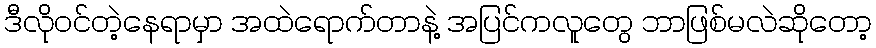
ဒီလိုဝင်တဲ့နေရာမှာ အထဲရောက်တာနဲ့ အပြင်ကလူတွေ ဘာဖြစ်မလဲဆိုတော့